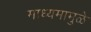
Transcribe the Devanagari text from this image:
माध्यमामुळे